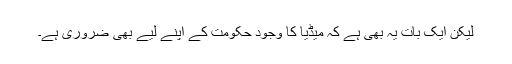
لیکن ایک بات یہ بھی ہے کہ میڈیا کا وجود حکومت کے اپنے لیے بھی ضروری ہے۔